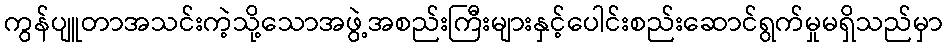
ကွန်ပျူတာအသင်းကဲ့သို့သောအဖွဲ့အစည်းကြီးများနှင့်ပေါင်းစည်းဆောင်ရွက်မှုမရှိသည်မှာ